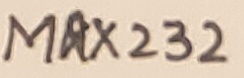
Text: MAX232